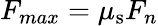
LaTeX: F_{max}=\mu_{\mathrm{s}}F_{n}